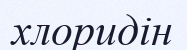
хлоридін